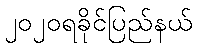
၂၀၂၀ရခိုင်ပြည်နယ်